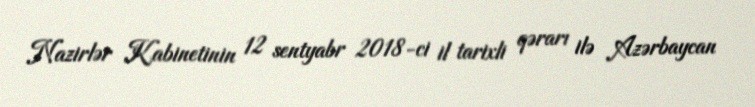
Nazirlər Kabinetinin 12 sentyabr 2018-ci il tarixli qərarı ilə Azərbaycan